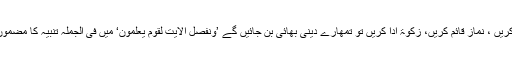
اب ان کے لیے بس یہی راہ ہے کہ توبہ کریں ، نماز قائم کریں، زکوٰۃ ادا کریں تو تمھارے دینی بھائی بن جائیں گے ’وَنُفَصِّلُ الْاٰیٰتِ لِقَوْمٍ یَّعْلَمُوْنَ‘ میں فی الجملہ تنبیہ کا مضمون ہے مسلمانوں اور کفار دونوں کے لیے۔